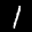
Label: 1